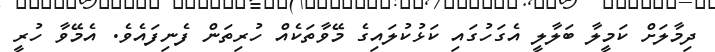
ދިމާލަށް ކަމީލާ ބަލާލީ އެގަހުގައި ކަޅުކުލައިގެ މޭވާތަކެއް ހުރިތަން ފެނިފައެވެ. އެމޭވާ ހުރީ